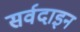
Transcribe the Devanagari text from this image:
सर्वदाइन